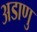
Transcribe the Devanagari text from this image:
अडाणु